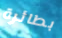
بطائرة